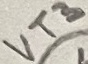
Text: VT3